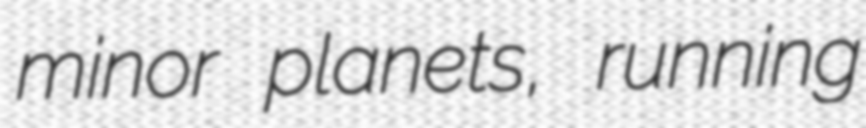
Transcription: minor planets, running